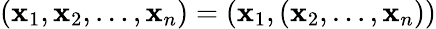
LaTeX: (\mathbf{x}_{1},\mathbf{x}_{2},\ldots,\mathbf{x}_{n})=(\mathbf{x}_{1},(\mathbf{x}_{2},\ldots,\mathbf{x}_{n}))